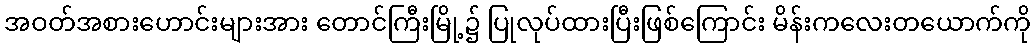
အဝတ်အစားဟောင်းများအား တောင်ကြီးမြို့၌ ပြုလုပ်ထားပြီးဖြစ်ကြောင်း မိန်းကလေးတယောက်ကို